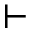
\vdash